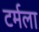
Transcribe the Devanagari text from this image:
टर्मला